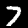
Digit: 7